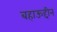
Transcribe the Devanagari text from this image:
बहाऊद्दीन